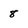
Character: 8